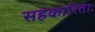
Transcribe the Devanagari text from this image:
सहकारिताः